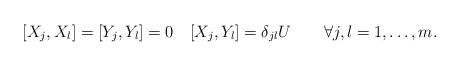
LaTeX: \begin{align*}[X_j, X_l] = [Y_j, Y_l]=0\quad[X_j, Y_l]=\delta_{jl} U\qquad\forall j, l = 1, \dots, m.\end{align*}